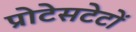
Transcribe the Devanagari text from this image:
प्रोटेसटेटों